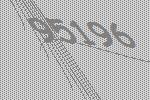
95196